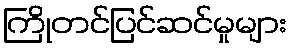
ကြိုတင်ပြင်ဆင်မှုများ